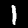
Label: 1